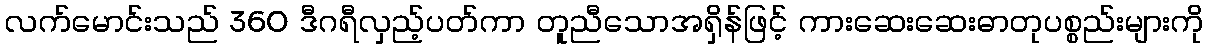
လက်မောင်းသည် 360 ဒီဂရီလှည့်ပတ်ကာ တူညီသောအရှိန်ဖြင့် ကားဆေးဆေးဓာတုပစ္စည်းများကို